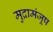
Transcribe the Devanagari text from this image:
मुद्रामंजूष